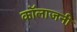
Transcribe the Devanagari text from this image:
कॉलाजनी